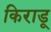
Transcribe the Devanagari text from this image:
किराडू